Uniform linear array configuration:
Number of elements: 16
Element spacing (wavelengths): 0.5
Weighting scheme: blackman
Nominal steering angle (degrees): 15
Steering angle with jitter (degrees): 13.163
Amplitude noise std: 0.05
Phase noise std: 0.05

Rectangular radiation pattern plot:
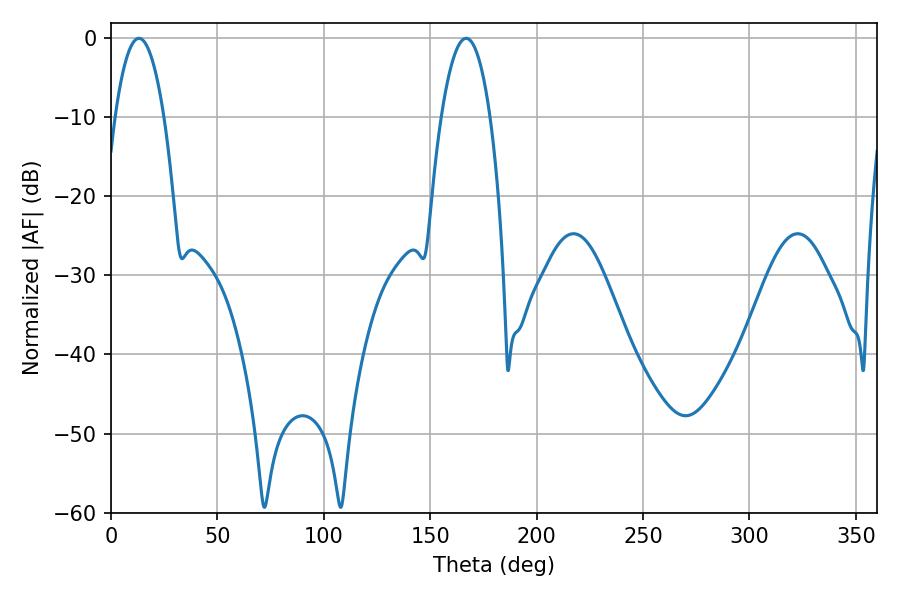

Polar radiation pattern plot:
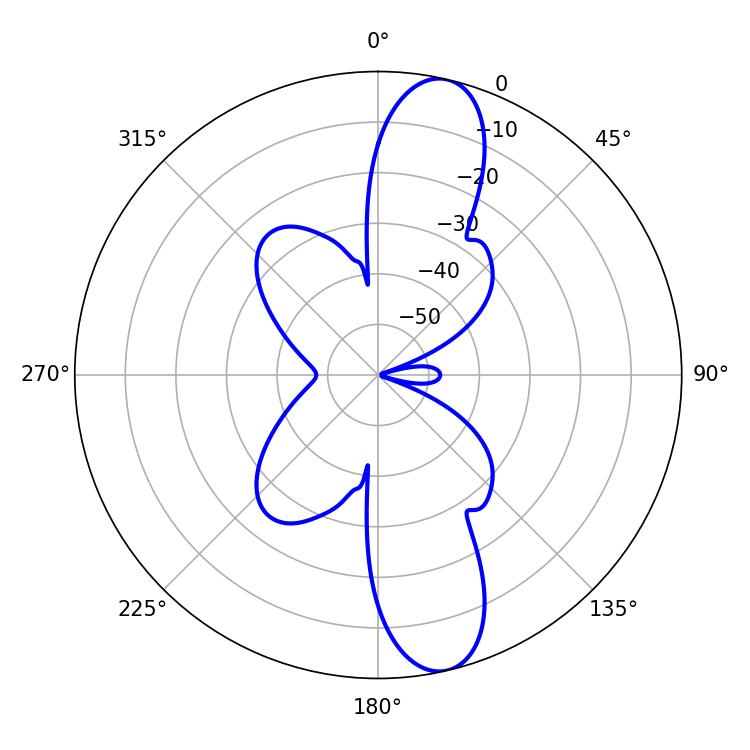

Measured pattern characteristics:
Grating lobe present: FALSE
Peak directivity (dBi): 12.697
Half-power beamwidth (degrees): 12.78
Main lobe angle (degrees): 13.14